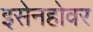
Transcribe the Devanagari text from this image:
इसेनहोवर